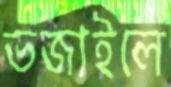
ভজাইলে